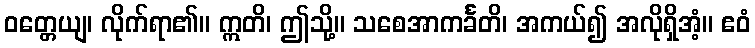
ဝတ္တေယျ၊ လိုက်ရာ၏။ ဣတိ၊ ဤသို့။ သစေအာကင်္ခတိ၊ အကယ်၍ အလိုရှိအံ့။ ဧဝံ